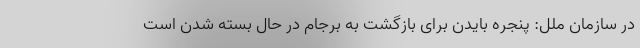
در سازمان ملل: پنجره بایدن برای بازگشت به برجام در حال بسته شدن است